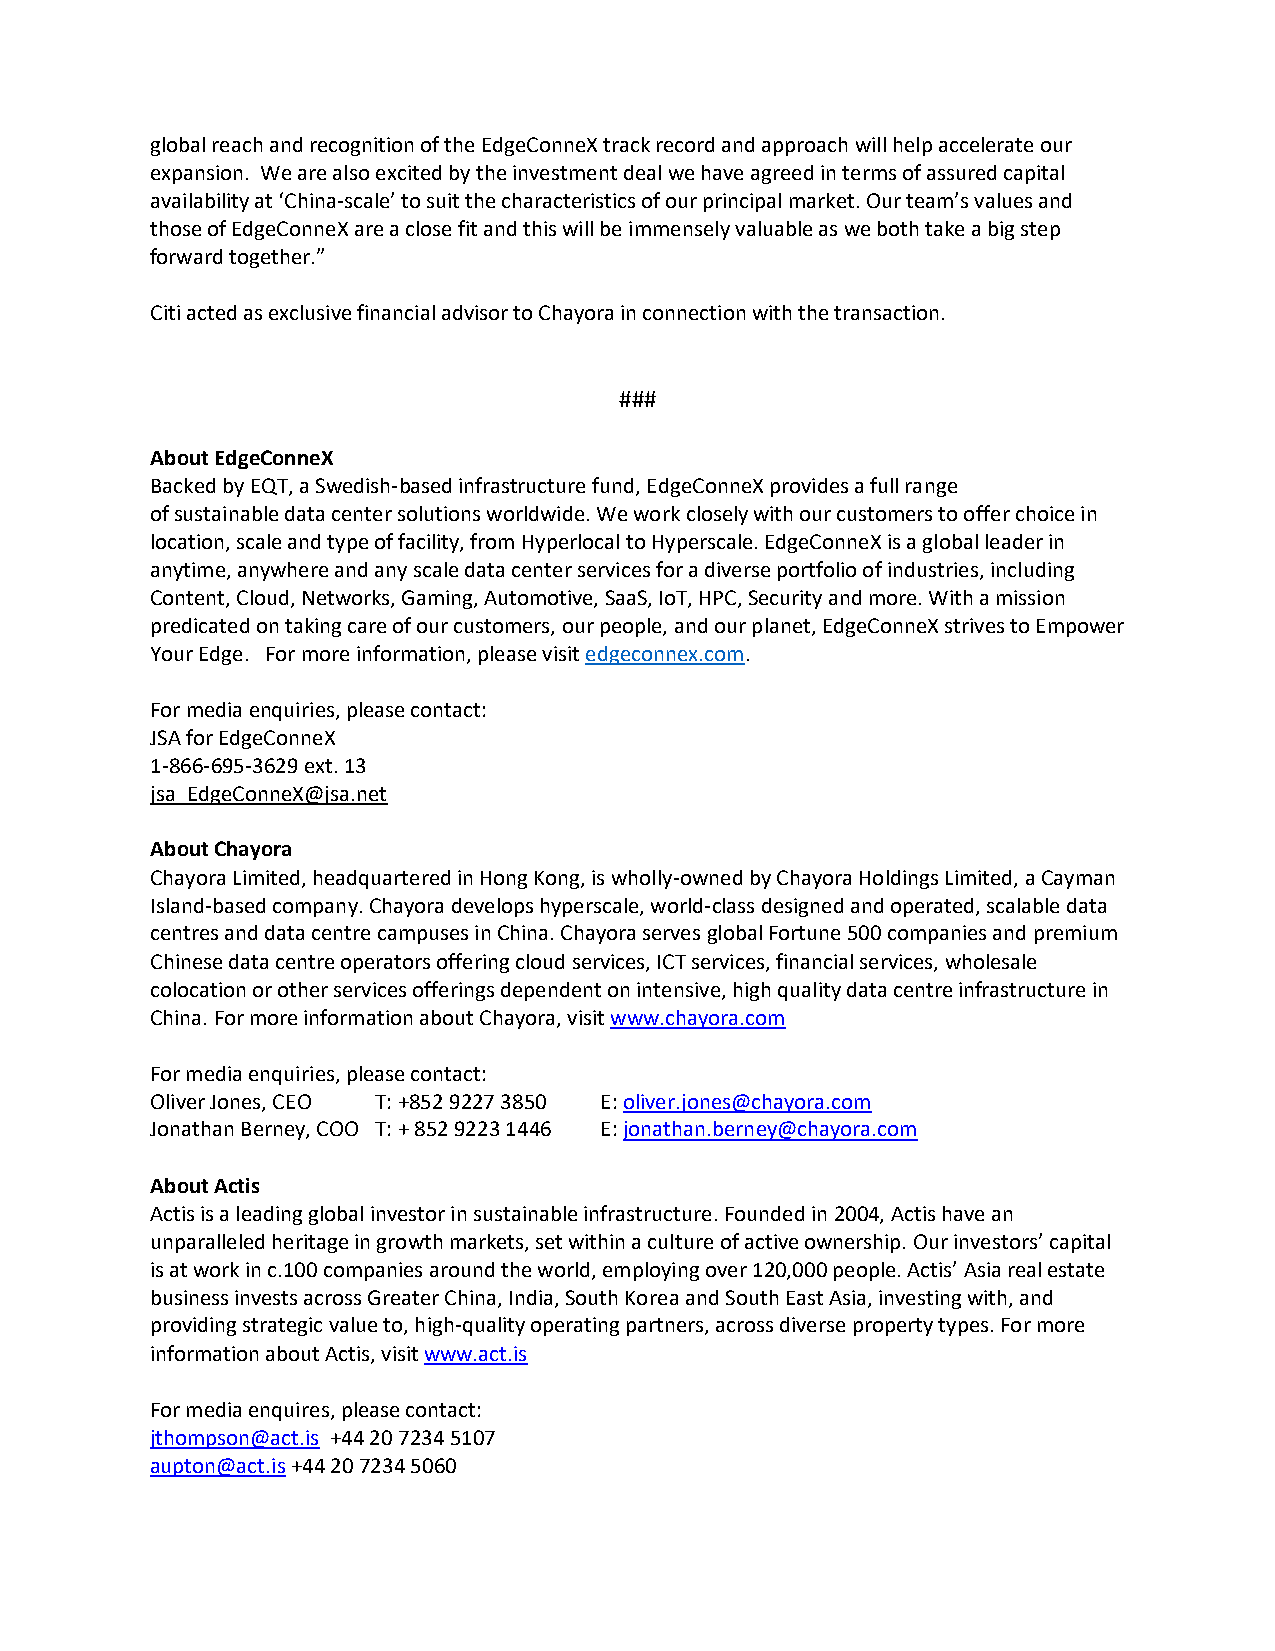
global reach and recognition of the EdgeConneX track record and approach will help accelerate our
 expansion. We are also excited by the investment deal we have agreed in terms of assured capital
 availability at ‘China-scale’ to suit the characteristics of our principal market. Our team’s values and
 those of EdgeConneX are a close fit and this will be immensely valuable as we both take a big step
 forward together.”
 Citi acted as exclusive financial advisor to Chayora in connection with the transaction.
 ###
 About EdgeConneX
 Backed by EQT, a Swedish-based infrastructure fund, EdgeConneX provides a full range
 of sustainable data center solutions worldwide. We work closely with our customers to offer choice in
 location, scale and type of facility, from Hyperlocal to Hyperscale. EdgeConneX is a global leader in
 anytime, anywhere and any scale data center services for a diverse portfolio of industries, including
 Content, Cloud, Networks, Gaming, Automotive, SaaS, IoT, HPC, Security and more. With a mission
 predicated on taking care of our customers, our people, and our planet, EdgeConneX strives to Empower
 Your Edge. For more information, please visit edgeconnex.com.
 For media enquiries, please contact:
 JSA for EdgeConneX
 1-866-695-3629 ext. 13
 jsa_EdgeConneX@jsa.net
 About Chayora
 Chayora Limited, headquartered in Hong Kong, is wholly-owned by Chayora Holdings Limited, a Cayman
 Island-based company. Chayora develops hyperscale, world-class designed and operated, scalable data
 centres and data centre campuses in China. Chayora serves global Fortune 500 companies and premium
 Chinese data centre operators offering cloud services, ICT services, financial services, wholesale
 colocation or other services offerings dependent on intensive, high quality data centre infrastructure in
 China. For more information about Chayora, visit www.chayora.com
 For media enquiries, please contact:
 Oliver Jones, CEO T: +852 9227 3850 E: oliver.jones@chayora.com
 Jonathan Berney, COO T: + 852 9223 1446 E: jonathan.berney@chayora.com
 About Actis
 Actis is a leading global investor in sustainable infrastructure. Founded in 2004, Actis have an
 unparalleled heritage in growth markets, set within a culture of active ownership. Our investors’ capital
 is at work in c.100 companies around the world, employing over 120,000 people. Actis’ Asia real estate
 business invests across Greater China, India, South Korea and South East Asia, investing with, and
 providing strategic value to, high-quality operating partners, across diverse property types. For more
 information about Actis, visit www.act.is
 For media enquires, please contact:
 jthompson@act.is +44 20 7234 5107
 aupton@act.is +44 20 7234 5060